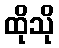
ထိုသို